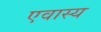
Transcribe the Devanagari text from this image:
एवास्य